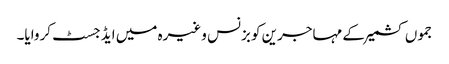
جموں کشمیر کے مہاجرین کو بزنس وغیرہ میں ایڈجسٹ کروایا۔